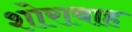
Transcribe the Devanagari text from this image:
शोराबाह